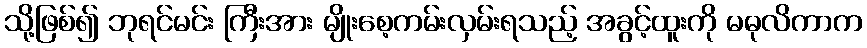
သို့ဖြစ်၍ ဘုရင်မင်း ကြီးအား မျိုးစေ့ကမ်းလှမ်းရသည့် အခွင့်ထူးကို မဓုလိကာက